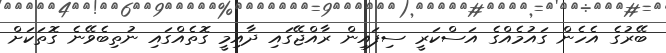
ބޭރުގެ އެހެން ގައުމެއްގެ އަސްކަރީ ސިފައިން ރާއްޖޭގައި ދާއިމީ ގޮތެއްގައި ނުތިބެވޭނެ ގޮތަކަށް